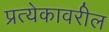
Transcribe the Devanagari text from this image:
प्रत्येकावरील